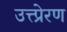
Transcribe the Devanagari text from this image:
उत्त्प्रेरण